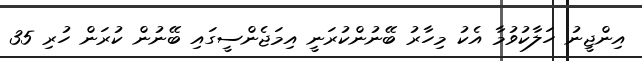
އިންޖީނު ހަލާކުވުމާ އެކު މިހާރު ބޭނުންކުރަނީ އިމަޖެންސީގައި ބޭނުން ކުރަން ހުރި 35